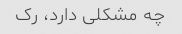
چه مشکلی دارد، رک